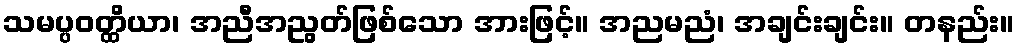
သမပ္ပဝတ္ထိယာ၊ အညီအညွတ်ဖြစ်သော အားဖြင့်။ အညမညံ၊ အချင်းချင်း။ တနည်း။